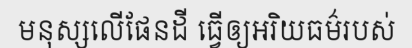
មនុស្សលើផែនដី ធ្វើឲ្យអរិយធម៌របស់